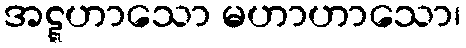
အဋ္ဋဟာသော မဟာဟာသော၊